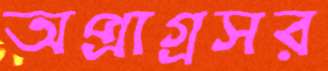
অপ্রাগ্রসর